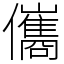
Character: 儶